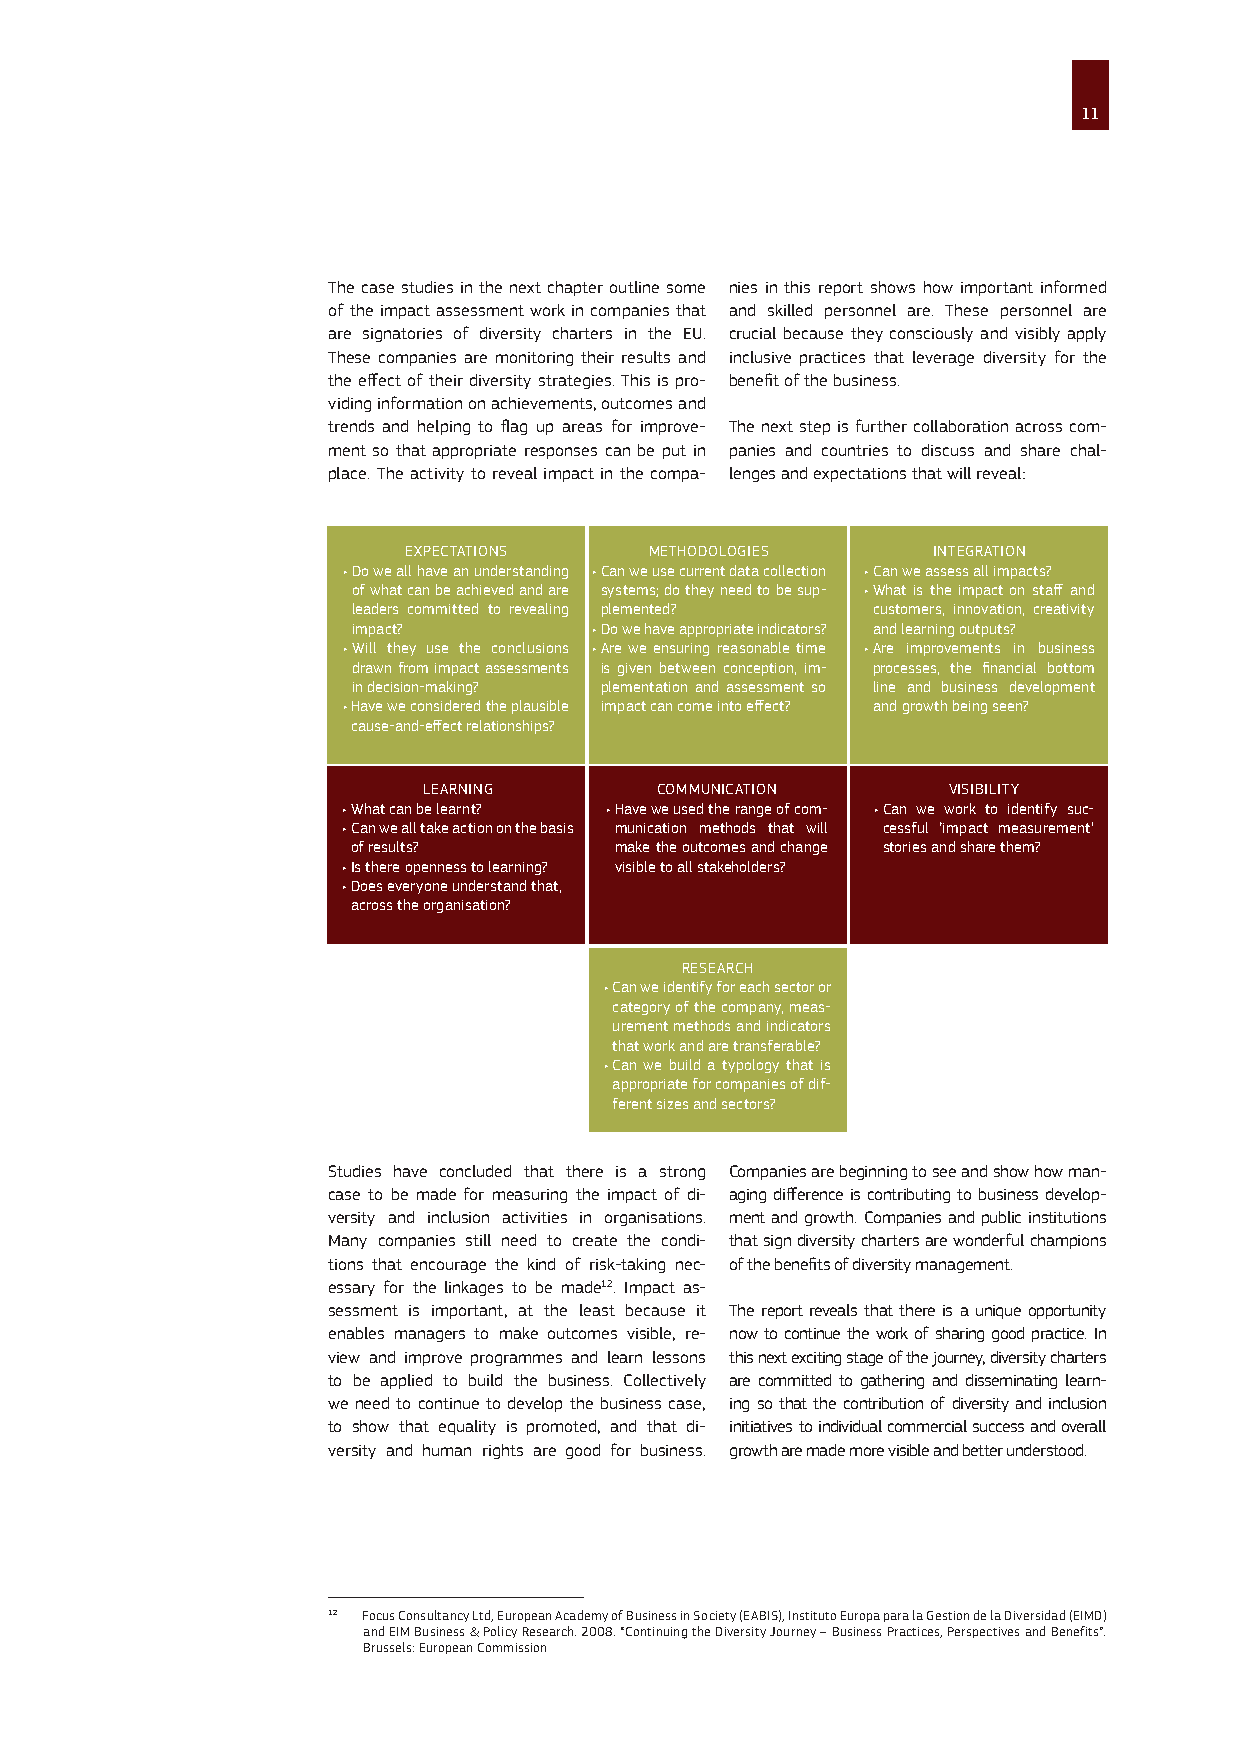
11
 The case studies in the next chapter outline some nies in this report shows how important informed
 of the impact assessment work in companies that and skilled personnel are. These personnel are
 are signatories of diversity charters in the EU. crucial because they consciously and visibly apply
 These companies are monitoring their results and inclusive practices that leverage diversity for the
 the effect of their diversity strategies. This is pro- benefit of the business.
 viding information on achievements, outcomes and
 trends and helping to flag up areas for improve- The next step is further collaboration across com-
 ment so that appropriate responses can be put in panies and countries to discuss and share chal-
 place. The activity to reveal impact in the compa- lenges and expectations that will reveal:
 EXPECTATIONS    METHODOLOGIES      INTEGRATION
 • D o we all have an understanding • Can we use current data collection • Can we assess all impacts?
 of what can be achieved and are systems; do they need to be sup- • What is the impact on staff and
 leaders committed to revealing plemented? customers, innovation, creativity
 impact?         • Do we have appropriate indicators? and learning outputs?
 • Will they use the conclusions • Are we ensuring reasonable time • Are improvements in business
 drawn from impact assessments is given between conception, im- processes, the financial bottom
 in decision-making? plementation and assessment so line and business development
 • H ave we considered the plausible impact can come into effect? and growth being seen?
 cause-and-effect relationships?
 LEARNING       COMMUNICATION       VISIBILITY
 • What can be learnt? • H ave we used the range of com- • Can we work to identify suc-
 • C an we all take action on the basis munication methods that will cessful ‘impact measurement’
 of results?       make the outcomes and change stories and share them?
 • Is there openness to learning? visible to all stakeholders?
 • D oes everyone understand that,
 across the organisation?
 RESEARCH
 • Can we identify for each sector or
 category of the company, meas-
 urement methods and indicators
 that work and are transferable?
 • Can we build a typology that is
 appropriate for companies of dif-
 ferent sizes and sectors?
 Studies have concluded that there is a strong Companies are beginning to see and show how man-
 case to be made for measuring the impact of di- aging difference is contributing to business develop-
 versity and inclusion activities in organisations. ment and growth. Companies and public institutions
 Many companies still need to create the condi- that sign diversity charters are wonderful champions
 tions that encourage the kind of risk-taking nec- of the benefits of diversity management.
 essary for the linkages to be made12. Impact as-
 sessment is important, at the least because it The report reveals that there is a unique opportunity
 enables managers to make outcomes visible, re- now to continue the work of sharing good practice. In
 view and improve programmes and learn lessons this next exciting stage of the journey, diversity charters
 to be applied to build the business. Collectively are committed to gathering and disseminating learn-
 we need to continue to develop the business case, ing so that the contribution of diversity and inclusion
 to show that equality is promoted, and that di- initiatives to individual commercial success and overall
 versity and human rights are good for business. growth are made more visible and better understood.
 12 Focus Consultancy Ltd, European Academy of Business in Society (EABIS), Instituto Europa para la Gestion de la Diversidad (EIMD)
 and EIM Business & Policy Research. 2008. “Continuing the Diversity Journey – Business Practices, Perspectives and Benefits”.
 Brussels: European Commission